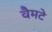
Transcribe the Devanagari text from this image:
वैमटे